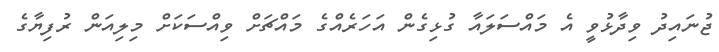
ޖުނައިދު ވިދާޅުވީ އެ މައްސަލައާ ގުޅިގެން އަހަރެއްގެ މައްޗަށް ވިއްސަކަށް މިލިއަން ރުފިޔާގެ